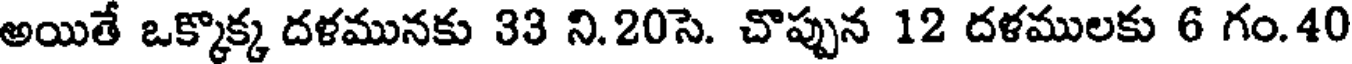
అయితే ఒక్కొక్క దళమునకు 33 ని.20సె. చొప్పున 12 దళములకు 6 గం.40